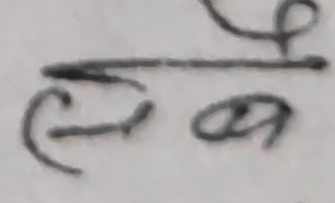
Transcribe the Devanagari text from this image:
हैन